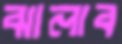
ঝালাব